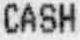
CASH